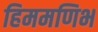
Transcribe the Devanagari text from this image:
हिममणिभ